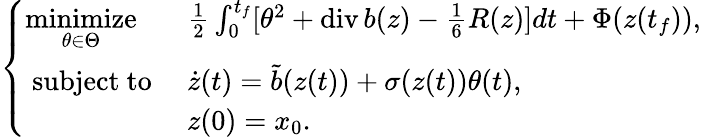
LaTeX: \left\{ \begin{array}{ll}{\underset{\theta\in\Theta}{\operatorname{minimize}}}&{\frac{1}{2}\int_{0}^{t_{f}}[\theta^{2}+\operatorname{div}b(z)-\frac{1}{6}R(z)]dt+\Phi(z(t_{f})),}\\ {\mathrm{~subject~to~}}&{\dot{z}(t)=\tilde{b}(z(t))+\sigma(z(t))\theta(t),}\\ &{{z}(0)=x_{0}.}\end{array}\right.